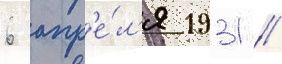
6 апр'е́л'я 1931 //